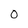
Character: 0